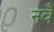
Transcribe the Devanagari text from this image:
नवँ